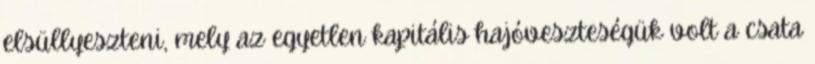
elsüllyeszteni, mely az egyetlen kapitális hajóveszteségük volt a csata